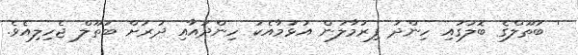
' ބަތޫލްގެ ބޮލުގައި ހިންދު ފިރުމާލަން އުޅުމާއެކު ހިންދުއާއި ދުރަށް ބަތޫލް ޖެހިލިއެވެ.